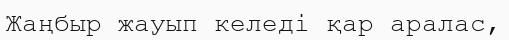
Жаңбыр жауып келедi қар аралас,